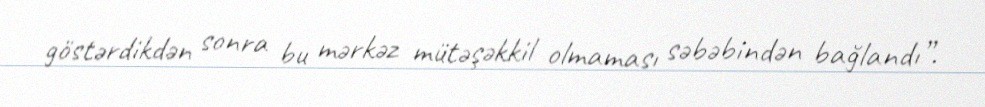
göstərdikdən sonra bu mərkəz mütəşəkkil olmaması səbəbindən bağlandı”.